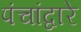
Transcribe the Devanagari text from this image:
पंचांद्वारे